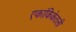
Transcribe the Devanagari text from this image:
एकांकिकेतली